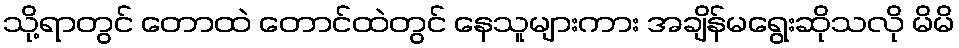
သို့ရာတွင် တောထဲ တောင်ထဲတွင် နေသူများကား အချိန်မရွေးဆိုသလို မိမိ